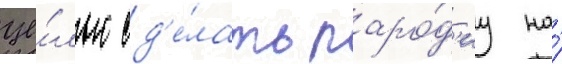
це́лью сд'е́лать паро́д'иу на́